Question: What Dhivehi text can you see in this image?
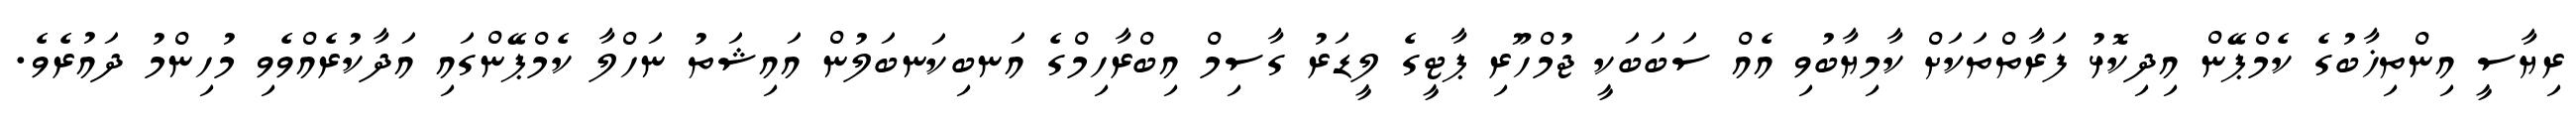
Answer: ރިޔާސީ އިންތިޚާބުގެ ކެމްޕޭން އިދިކޮޅު ފަރާތްތަކަށް ކާމިޔާބުވި އެއް ސަބަބަކީ ޖުމްހޫރި ޕާޓީގެ ލީޑަރު ގާސިމް އިބްރާހިމްގެ އަނބިކަނބަލުން އައިޝަތު ނަހްލާ ކެމްޕޭންގައި އަދާކުރެއްވެވި މުހިންމު ދައުރެވެ.